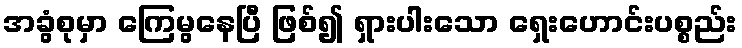
အခွံစုမှာ ကြေမွနေပြီ ဖြစ်၍ ရှားပါးသော ရှေးဟောင်းပစ္စည်း